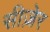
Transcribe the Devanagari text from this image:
सीज़ेर